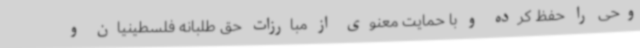
وحی را حفظ کرده و با حمایت معنوی از مبارزات حق طلبانه فلسطینیان و